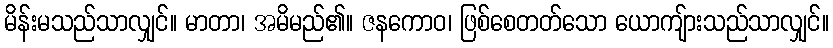
မိန်းမသည်သာလျှင်။ မာတာ၊ အမိမည်၏။ ဇနကောဝ၊ ဖြစ်စေတတ်သော ယောကျ်ားသည်သာလျှင်။